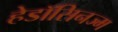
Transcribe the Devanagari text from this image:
हेडॉसिनज्म